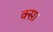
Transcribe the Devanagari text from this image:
क्सा